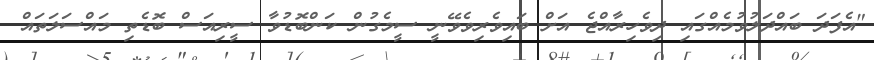
"އެފަދަ ބައްދަލުވުމެއްގައި ދިވެހިރާއްޖެ އަށް ބައިވެރިވެވޭނީ ސީމެގުން ކަންބޮޑުވާ ސީރިއަސް ބޮޑެތި މައްސަލަތައް